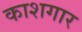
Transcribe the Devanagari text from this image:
काशगार